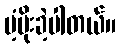
ပံ့ပိုးခဲ့ပါတယ်။